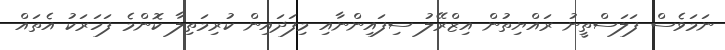
ނަމަވެސް ފަލަސްތީނު ރައްޔިތުން އިޒްރޭލު ސިފައިންނާއި މިފަދައިން ކުރިމަތިލާ ކޮންމެ ފަހަރަކު އެތައް